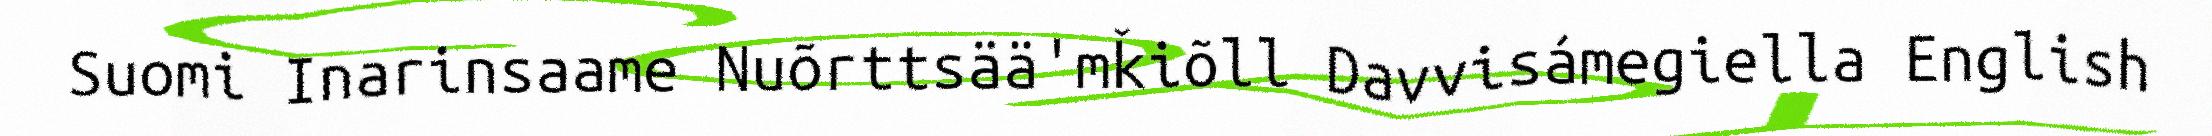
Suomi Inarinsaame Nuõrttsää'mǩiõll Davvisámegiella English